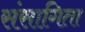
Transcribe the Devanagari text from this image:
संसागिता